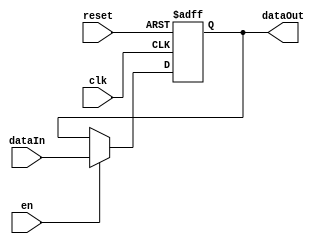
module Reg(
	
	input [16:0] dataIn,
	output [16:0] dataOut,
	input en, reset, clk);
	
	reg [16:0] data;
	
	assign dataOut = data;
	
	
	always @ (posedge clk, posedge reset)
	
		if (reset)
			data <= 17'd0;
		else
			if (en)
				data <= dataIn;
endmodule